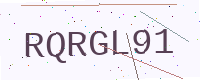
Text: RQRGL91